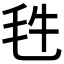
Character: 𣬳